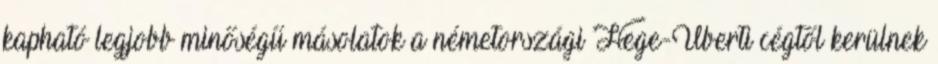
kapható legjobb minőségű másolatok a németországi Hege-Uberti cégtől kerülnek